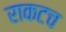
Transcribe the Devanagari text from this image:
राकटच